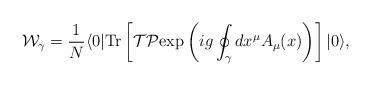
LaTeX: \begin{align*}{\cal W}_{\gamma} = {1\over N} \langle 0| {\rm Tr}\left[ {\cal T}{\cal P} {\rm exp} \left( ig \oint_\gamma dx^\mu A_\mu (x) \right)\right]|0\rangle,\end{align*}